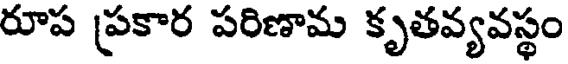
రూప ప్రకార పరిణామ కృతవ్యవస్థం